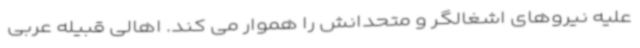
علیه نیروهای اشغالگر و متحدانش را هموار می کند. اهالی قبیله عربی